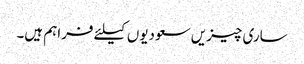
ساری چیزیں سعودیوں کیلئے فراہم ہیں۔